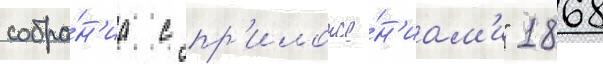
собра́н'иа с пр'иложе́н'иам'и" 1868